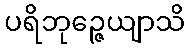
ပရိဘုဉ္ဇေယျာသိ